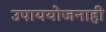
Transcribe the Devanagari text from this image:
उपाययोजनाही